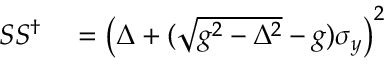
\begin{array} { r l } { S S ^ { \dag } } & { { } = \left( \Delta + ( \sqrt { g ^ { 2 } - \Delta ^ { 2 } } - g ) \sigma _ { y } \right) ^ { 2 } } \end{array}